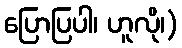
ပြောပြပါ၊ ဟူလို၊)